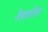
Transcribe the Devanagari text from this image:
नेत्रातील